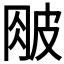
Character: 𰤤